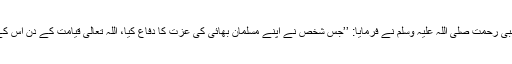
ابو درداء رضی اللہ عنہ سے روایت ہے نبی رحمت صلی اللہ علیہ وسلم نے فرمایا: ’’جس شخص نے اپنے مسلمان بھائی کی عزت کا دفاع کیا، اللہ تعالیٰ قیامت کے دن اس کے چہرہ سے جہنم کی آگ دور کرے گا‘‘۔